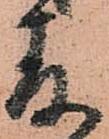
存